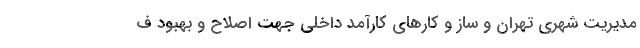
مديريت شهري تهران و ساز و كارهاي كارآمد داخلي جهت اصلاح و بهبود ف